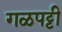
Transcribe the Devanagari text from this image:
गळपट्टी